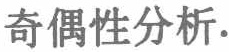
奇偶性分析.